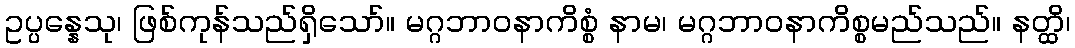
ဥပ္ပန္နေသု၊ ဖြစ်ကုန်သည်ရှိသော်။ မဂ္ဂဘာဝနာကိစ္စံ နာမ၊ မဂ္ဂဘာဝနာကိစ္စမည်သည်။ နတ္ထိ၊